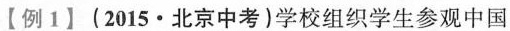
【例1】(2015·北京中考)学校组织学生参观中国